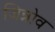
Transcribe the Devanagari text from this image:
जिन्नोव